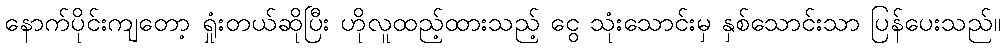
နောက်ပိုင်းကျတော့ ရှုံးတယ်ဆိုပြီး ဟိုလူထည့်ထားသည့် ငွေ သုံးသောင်းမှ နှစ်သောင်းသာ ပြန်ပေးသည်။